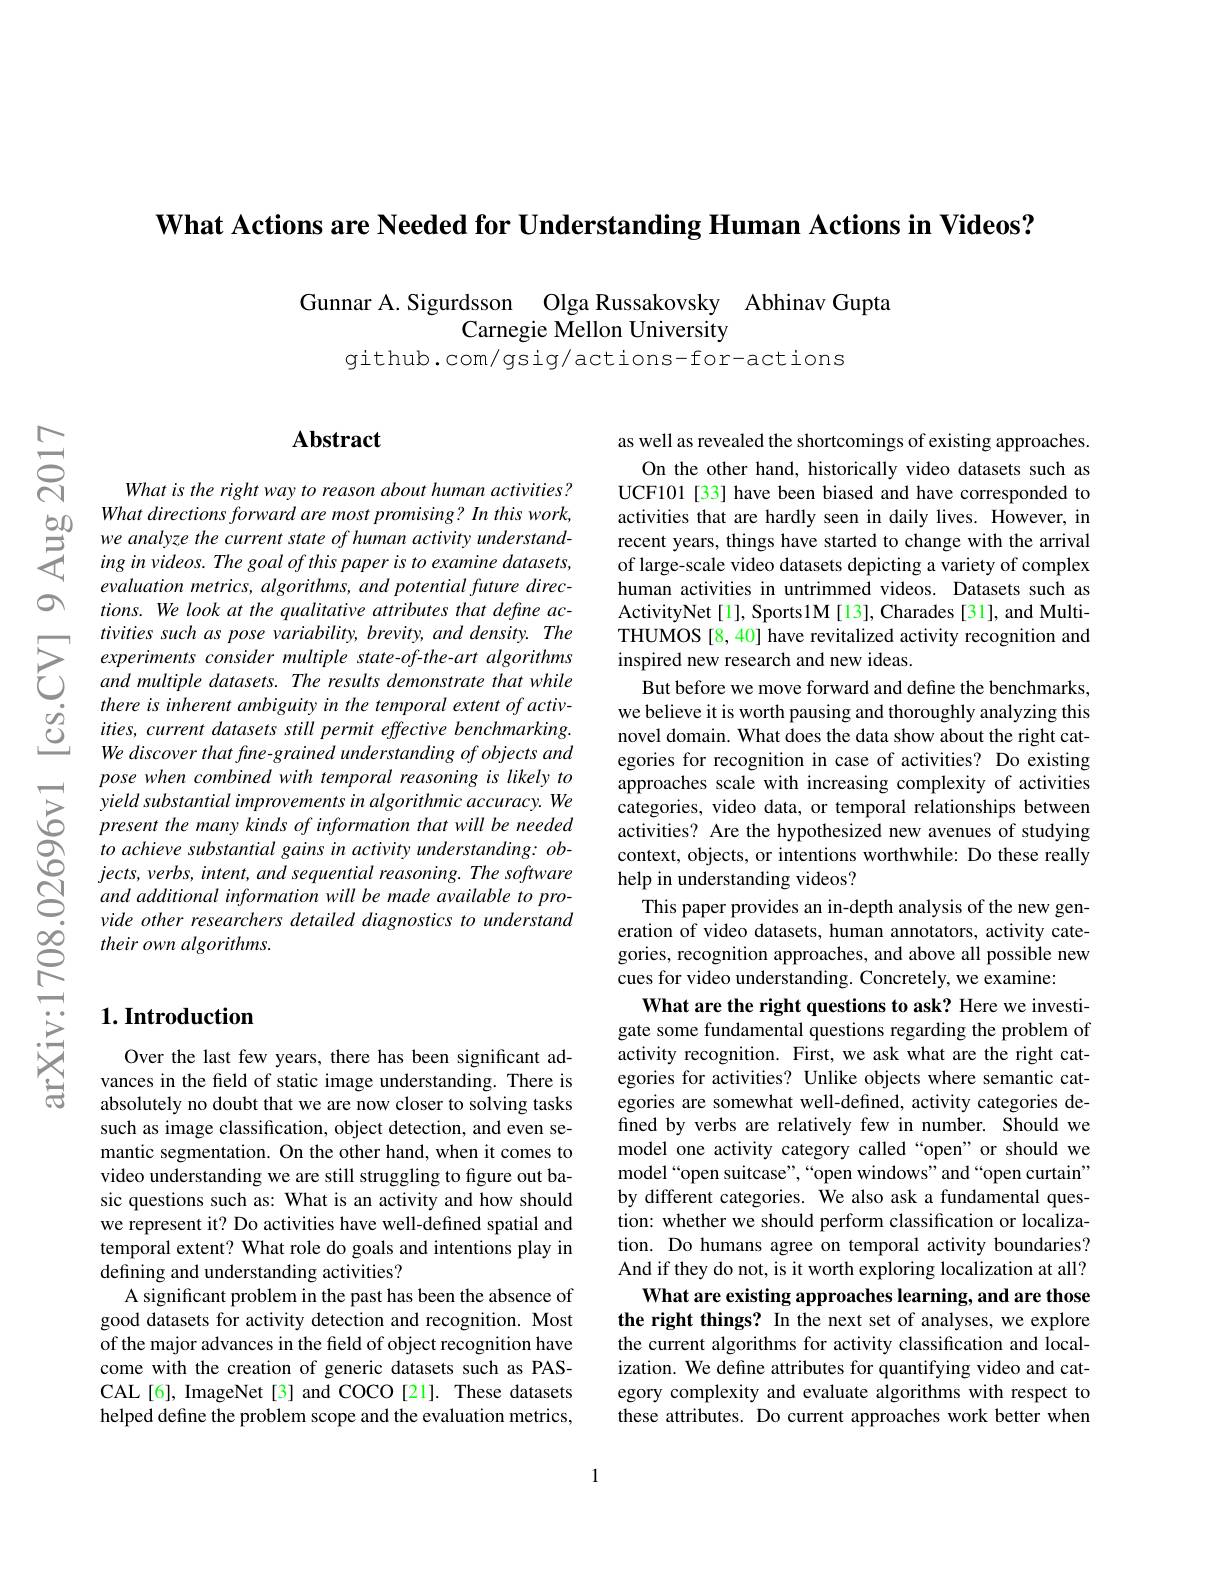
$\textbf{What Actions are Needed for Understanding Human Actions in Videos? }$

Gunnar A.Sigurdsson Olga Russakovsky Abhinav Gupta
Carnegie Mellon University
github.com/gsig/actions-for-actions

$ਨਨੇ$

O

### $\mathbf{Abstract}$

What is the right way to reason about human activities?
evaluation metrics, algorithms, and potential future directions. We look at the qualitative attributes that define activities such as pose variability, brevity, and density. The
$\sum_{\begin{array}{cc}\text{experiments consider multiple state-of-the-art algorithms}\\\text{已}&\text{and multiple datasets. The results demonstrate that while}\\\text{thora inborant anbinit, in the tomonstrate that while}\end{array}}$ $\begin{array}{ccc}&\text{there is inherent ambiguity in the temporal extent of activ-}\\0&\text{ities, current datasets still permit effective benchmarking.}\\&\text{Wa discouar that funa araind undarstandina of obiacts and}\end{array}$
We discover that fine-grained understanding of objects and pose when combined with temporal reasoning is likely to yield substantial improvements in algorithmic accuracy. We present the many kinds of information that will be needed to achieve substantial gains in activity understanding: ob- $jects,verbs,intent,andsequentialreasoning.Thesoftware$ and additional information will be made available to provide other researchers detailed diagnostics to understand their own algorithms.

## $1. \textbf{Introduction}$

Over the last few years, there has been significant advances in the field of static image understanding. There is absolutely no doubt that we are now closer to solving tasks such as image classification, object detection, and even semantic segmentation. On the other hand, when it comes to video understanding we are still struggling to figure out basic questions such as: What is an activity and how should we represent it? Do activities have well-defined spatial and temporal extent? What role do goals and intentions play in defining and understanding activities?
A significant problem in the past has been the absence of good datasets for activity detection and recognition. Most of the major advances in the field of object recognition have come with the creation of generic datasets such as PASCAL[6], ImageNet[3] and COCO[21]. These datasets helped define the problem scope and the evaluation metrics,

as well as revealed the shortcomings of existing approaches.
On the other hand, historically video datasets such as UCF101 [33] have been biased and have corresponded to activities that are hardly seen in daily lives. However, in recent years, things have started to change with the arrival of large-scale video datasets depicting a variety of complex human activities in untrimmed videos. Datasets such as ActivityNet[1], Sports1M[13], Charades [31], and MultiTHUMOS [8, 40] have revitalized activity recognition and inspired new research and new ideas.
But before we move forward and define the benchmarks, we believe it is worth pausing and thoroughly analyzing this novel domain. What does the data show about the right categories for recognition in case of activities? Do existing approaches scale with increasing complexity of activities categories, video data, or temporal relationships between activities? Are the hypothesized new avenues of studying context, objects, or intentions worthwhile: Do these really help in understanding videos?
This paper provides an in-depth analysis of the new generation of video datasets, human annotators, activity categories, recognition approaches, and above all possible new cues for video understanding. Concretely, we examine:
What are the right questions to ask? Here we investigate some fundamental questions regarding the problem of activity recognition. First, we ask what are the right categories for activities? Unlike objects where semantic categories are somewhat well-defined, activity categories defined by verbs are relatively few in number. Should we model one activity category called“open” or should we model“open suitcase”,“open windows”and“open curtain” by different categories. $\hat{\text{We also ask a fundamental ques-}}$ tion: whether we should perform classification or localization. Do humans agree on temporal activity boundaries? And if they do not, is it worth exploring localization at all?
What are existing approaches learning, and are those the right things? In the next set of analyses, we explore the current algorithms for activity classification and localization. We define attributes for quantifying video and category complexity and evaluate algorithms with respect to these attributes. Do current approaches work better when

1